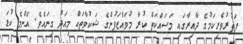
ފަތުުރުވެރިކަމުގެ ދާއިރާގައި މަސައްކަތް ކުރާ މުވައްޒަފުންގެ ޝަކުވާތައް މިއަދު ގިނައެވެ. އެންމެ ކުޑަ